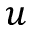
u